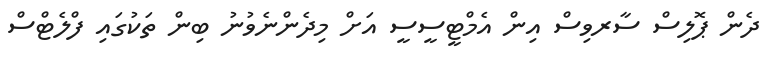
ދެން ޕޮލިސް ސާރވިސް އިން އެމްޓީސީސީ އަށް މިދެންނެވުނު ބިން ތަކުގައި ފްލެޓްސް